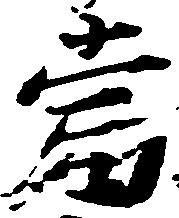
当